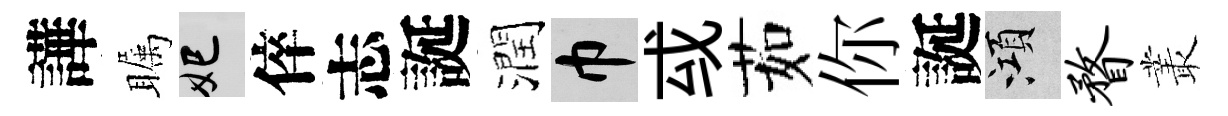
譁瞩妃倅志誕潤巾㦯茹你誕澒瞀叢